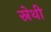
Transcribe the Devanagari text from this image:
स्नेथी